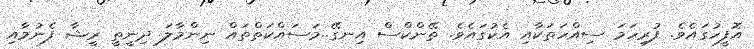
އޮފީހުގައެވެ. ފުރިހަމަ ސިއްހަތަަކާއި އެކުގައެވެ. ތޭންކްސް އިނގޭ..މަސައްކަތްްތައް ނިންމާލަ ދިނީތީ ރީޝާ ފެނުމާއި